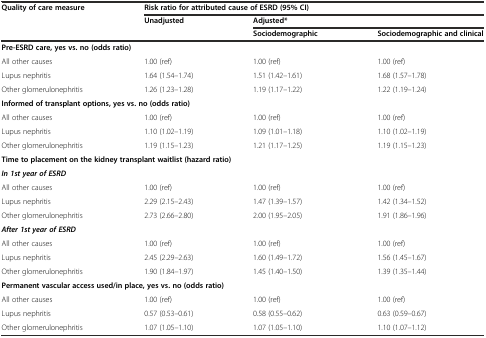
<table><thead><tr><td rowspan="3"><b>Quality of care measure</b></td><td colspan="3"><b>Risk ratio for attributed cause of ESRD (95% CI)</b></td></tr><tr><td rowspan="2"><b>Unadjusted</b></td><td colspan="2"><b>Adjusted*</b></td></tr><tr><td><b>Sociodemographic</b></td><td><b>Sociodemographic and clinical</b></td></tr></thead><tbody><tr><td colspan="4"><b>Pre-ESRD care, yes vs. no (odds ratio)</b></td></tr><tr><td>All other causes</td><td>1.00 (ref)</td><td>1.00 (ref)</td><td>1.00 (ref)</td></tr><tr><td>Lupus nephritis</td><td>1.64 (1.54–1.74)</td><td>1.51 (1.42–1.61)</td><td>1.68 (1.57–1.78)</td></tr><tr><td>Other glomerulonephritis</td><td>1.26 (1.23–1.28)</td><td>1.19 (1.17–1.22)</td><td>1.22 (1.19–1.24)</td></tr><tr><td colspan="4"><b>Informed of transplant options, yes vs. no (odds ratio)</b></td></tr><tr><td>All other causes</td><td>1.00 (ref)</td><td>1.00 (ref)</td><td>1.00 (ref)</td></tr><tr><td>Lupus nephritis</td><td>1.10 (1.02–1.19)</td><td>1.09 (1.01–1.18)</td><td>1.10 (1.02–1.19)</td></tr><tr><td>Other glomerulonephritis</td><td>1.19 (1.15–1.23)</td><td>1.21 (1.17–1.25)</td><td>1.19 (1.15–1.23)</td></tr><tr><td colspan="4"><b>Time to placement on the kidney transplant waitlist (hazard ratio)</b></td></tr><tr><td><b><i>In 1st year of ESRD</i></b></td><td></td><td></td><td></td></tr><tr><td>All other causes</td><td>1.00 (ref)</td><td>1.00 (ref)</td><td>1.00 (ref)</td></tr><tr><td>Lupus nephritis</td><td>2.29 (2.15–2.43)</td><td>1.47 (1.39–1.57)</td><td>1.42 (1.34–1.52)</td></tr><tr><td>Other glomerulonephritis</td><td>2.73 (2.66–2.80)</td><td>2.00 (1.95–2.05)</td><td>1.91 (1.86–1.96)</td></tr><tr><td><b><i>After 1st year of ESRD</i></b></td><td></td><td></td><td></td></tr><tr><td>All other causes</td><td>1.00 (ref)</td><td>1.00 (ref)</td><td>1.00 (ref)</td></tr><tr><td>Lupus nephritis</td><td>2.45 (2.29–2.63)</td><td>1.60 (1.49–1.72)</td><td>1.56 (1.45–1.67)</td></tr><tr><td>Other glomerulonephritis</td><td>1.90 (1.84–1.97)</td><td>1.45 (1.40–1.50)</td><td>1.39 (1.35–1.44)</td></tr><tr><td colspan="4"><b>Permanent vascular access used/in place, yes vs. no (odds ratio)</b></td></tr><tr><td>All other causes</td><td>1.00 (ref)</td><td>1.00 (ref)</td><td>1.00 (ref)</td></tr><tr><td>Lupus nephritis</td><td>0.57 (0.53–0.61)</td><td>0.58 (0.55–0.62)</td><td>0.63 (0.59–0.67)</td></tr><tr><td>Other glomerulonephritis</td><td>1.07 (1.05–1.10)</td><td>1.07 (1.05–1.10)</td><td>1.10 (1.07–1.12)</td></tr></tbody></table>